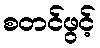
စတင်ဖွင့်